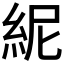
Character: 𥿡